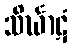
သိင်္ဃာဋံ